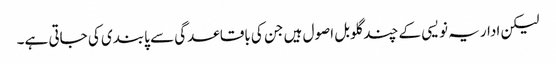
لیکن اداریہ نویسی کے چند گلوبل اصول ہیں جن کی باقاعدگی سے پابندی کی جاتی ہے۔